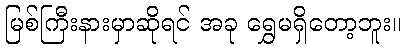
မြစ်ကြီးနားမှာဆိုရင် အခု ရွှေမရှိတော့ဘူး။